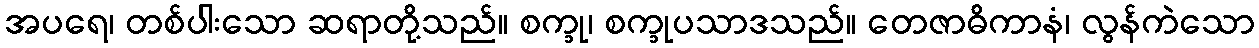
အပရေ၊ တစ်ပါးသော ဆရာတို့သည်။ စက္ခု၊ စက္ခုပသာဒသည်။ တေဇာဓိကာနံ၊ လွန်ကဲသော